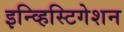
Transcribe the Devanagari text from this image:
इन्व्हिस्टिगेशन